Lunatic asylums Bombay report 1878-1890 - 1878-1890
Year: 1878
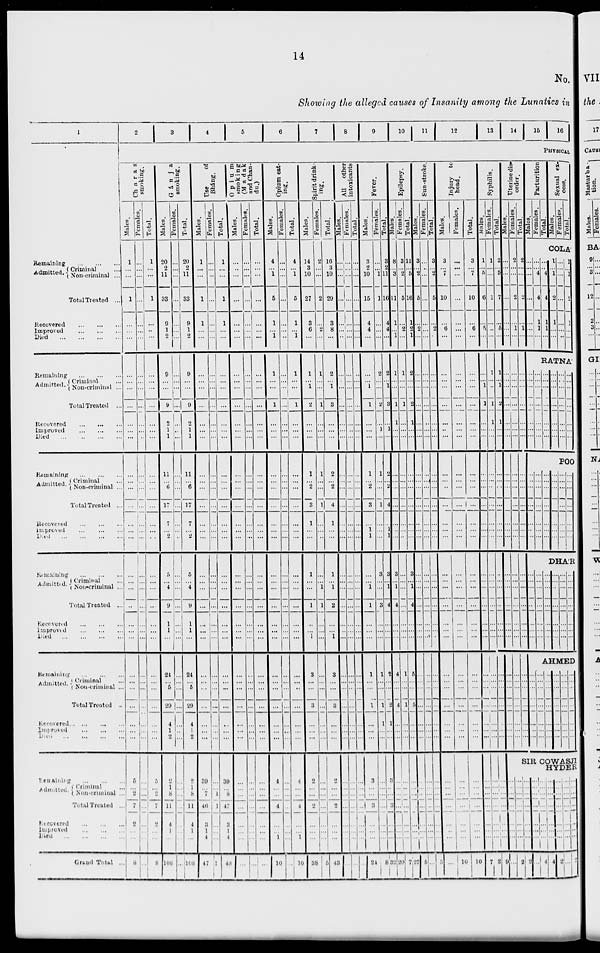
14
No.
Showing the alleged causes of Insanity among the Lunatics in
Remaining
...
...
...
Admitted. Criminal ...
Non-criminal ...
Total Treated ...
Recovered
...
...
...
Improved
...
...
...
Died
...
...
...
...
Remaining
...
...
...
Admitted. Criminal ...
Non-criminal ...
Total Treated ...
Recovered
...
...
...
Improved
...
...
...
Died
...
...
...
...
Remaining ... ... ...
Admitted. Criminal ...
Non-criminal ...
Total Treated ...
Recovered
...
...
...
Improved
...
...
...
Died
...
...
...
...
Remaining
...
...
...
Admitted. Criminal ...
Non-criminal ...
Total Treated ...
Recovered
...
...
...
Improved
...
...
...
Died
...
...
...
Remaining
...
...
...
Admitted. . Criminal ...
Non-criminal ...
Total Treated ...
Recovered ... ... ... ...
Improved
...
...
...
Died
...
...
...
...
Remaining
...
...
...
Admitted. Criminal ...
Non-criminal ...
Total Treated ...
Recovered
...
...
...
Improved
...
...
...
Died
...
...
...
...
Grand Total ...
2
3
4
5
6
7
8
9
10
11
12
.
14
15
16
PHYSICAL
Charas
smoking.
Males.
1
...
...
1
...
...
...
...
...
...
...
...
...
...
...
...
...
...
...
...
...
...
...
...
...
...
...
...
...
...
...
...
...
...
...
5
...
2
7
2
...
...
8
Females.
...
...
...
...
...
...
...
...
...
...
...
...
...
...
...
...
...
...
...
...
...
...
...
...
...
...
...
...
...
...
...
...
...
...
...
...
...
...
...
...
...
...
...
Total.
1
...
...
1
...
...
...
...
...
...
...
...
...
...
...
...
...
...
...
...
...
...
...
...
...
...
...
...
...
...
...
...
...
...
...
5
...
2
7
2
...
...
8
Gánja
smoking.
Males.
20
2
11
33
9
1
2
9
...
...
9
2
1
1
11
...
6
17
7
...
2
5
...
4
9
1
1
...
24
...
5
29
4
1
2
2
1
8
11
4
1
...
108
Females.
...
...
...
...
...
...
...
...
...
...
...
...
...
...
...
...
...
...
...
...
...
...
...
...
...
...
...
...
...
...
...
...
...
...
...
...
...
...
...
...
...
...
...
Total.
20
2
11
33
9
1
2
9
...
...
9
2
1
1
11
...
6
17
7
...
2
5
...
4
9
1
1
...
24
...
5
29
4
1
2
2
1
8
11
4
1
...
108
Use
of
Bháng.
Males.
1
...
...
1
1
...
...
...
...
...
...
...
...
...
...
...
...
...
...
...
...
...
...
...
...
...
...
...
...
...
...
...
...
...
...
39
...
7
46
3
1
4
47
Females.
...
...
..
...
...
...
...
...
...
...
...
...
...
...
...
...
...
...
...
...
...
...
...
...
...
...
...
...
...
...
...
...
...
...
...
...
...
1
1
...
...
...
1
Total.
1
...
...
1
1
...
...
...
...
...
...
...
...
...
...
...
...
...
...
...
...
...
...
...
...
...
...
...
...
...
...
...
...
...
...
39
...
8
47
3
1
4
48
Opium
smoking
(Madak
and Chan-
du.)
Males.
...
...
...
...
...
...
...
...
...
...
...
...
...
...
...
...
...
...
...
...
...
...
...
...
...
...
...
...
...
...
...
...
...
...
...
...
...
...
...
...
...
...
...
Females.
...
...
...
...
...
...
...
...
...
...
...
...
...
...
...
...
...
...
...
...
...
...
...
...
...
...
...
...
...
...
...
...
...
...
...
...
...
...
...
...
...
...
...
Total.
...
...
...
...
...
...
...
...
...
...
...
...
...
...
...
...
...
...
...
...
...
...
...
...
...
...
...
...
...
...
...
...
...
...
...
...
...
...
...
...
...
...
...
Opium eat-
ing.
Males.
4
...
1
5
1
...
1
1
...
...
1
...
...
...
...
...
...
...
...
...
...
...
...
...
...
...
...
...
...
...
...
...
...
...
...
4
...
...
4
...
...
1
10
Females.
...
...
...
...
...
...
...
...
...
...
...
...
...
...
...
...
...
...
...
...
...
...
...
...
...
...
...
...
...
...
...
...
...
...
...
...
...
...
...
...
...
...
...
Total.
4
...
1
5
1
...
1
1
...
...
1
...
...
...
...
...
...
...
...
...
...
...
...
...
...
...
...
...
...
...
...
...
...
...
...
4
...
...
4
...
...
1
10
Spirit drink-
ing.
Males.
14
3
10
27
3
6
...
1
...
1
2
...
...
...
1
...
2
3
1
...
...
1
...
...
1
...
...
1
3
...
...
3
...
...
...
2
...
...
2
...
...
...
38
Females.
2
...
...
2
...
2
...
1
...
...
1
...
...
...
1
...
...
1
...
...
...
...
...
1
1
...
...
...
...
...
...
...
...
...
...
...
...
...
...
...
...
...
5
Total.
16
3
10
29
3
8
...
2
...
1
3
...
...
...
2
...
2
4
1
...
...
1
...
1
2
...
...
1
3
...
...
3
...
...
...
2
...
...
2
...
...
...
43
All
other
intoxicants
Males.
...
...
...
...
...
...
...
...
...
...
...
...
...
...
...
...
...
...
...
...
...
...
...
...
...
...
...
...
...
...
...
...
...
...
...
...
...
...
...
...
...
...
...
Females.
...
...
...
...
...
...
...
...
...
...
...
...
...
...
...
...
...
...
...
...
...
...
...
...
...
...
...
...
...
...
...
...
...
...
...
...
...
...
...
...
...
...
...
Total.
...
...
...
...
...
...
...
...
...
...
...
...
...
...
...
...
...
...
...
...
...
...
...
...
...
...
...
...
...
...
...
...
...
...
...
...
...
...
...
...
...
...
...
Fever.
Males.
3
2
10
15
4
4
...
...
...
1
1
...
...
...
1
...
2
3
...
1
1
...
...
1
1
...
...
...
1
...
...
1
...
...
...
3
...
...
3
...
...
...
24
Females.
...
...
1
1
...
...
...
2
...
...
2
...
1
...
1
...
...
1
...
...
...
3
...
...
3
...
...
...
1
...
...
1
1
...
...
...
...
...
...
...
...
...
8
Total.
3
2
11
16
4
4
...
2
...
1
3
...
1
...
2
...
2
4
...
1
1
3
...
1
4
...
...
...
2
...
...
2
1
...
...
3
...
...
3
...
...
...
32
Epilepsy.
Males.
8
...
3
11
1
...
1
1
...
...
1
1
...
...
...
...
...
...
...
...
...
3
...
1
4
...
...
...
4
...
...
4
...
...
...
...
...
...
...
...
...
...
20
Females.
3
...
2
5
...
2
...
1
...
...
1
...
...
...
...
...
...
...
...
...
...
...
...
...
...
...
...
...
1
...
...
1
...
...
...
...
...
...
...
...
...
...
7
Total.
11
...
5
16
1
2
1
2
...
...
2
1
...
...
...
...
...
...
...
...
...
3
...
1
4
...
...
...
5
...
...
5
...
...
...
...
...
...
...
...
...
...
27
Sun-stroke.
Males.
3
...
2
5
...
2
...
...
...
...
...
...
...
...
...
...
...
...
...
...
...
...
...
...
...
...
...
...
...
...
...
...
...
...
...
...
...
...
...
...
...
...
5
Females.
...
...
...
...
...
...
...
...
...
...
...
...
...
...
...
...
...
...
...
...
...
...
...
...
...
...
...
...
...
...
...
...
...
...
...
...
...
...
...
...
...
...
...
Total.
3
...
2
5
...
2
...
...
...
...
...
...
...
...
...
...
...
...
...
...
...
...
...
...
...
...
...
...
...
...
...
...
...
...
...
...
...
...
...
...
...
...
5
Injury to
head.
Males.
3
...
7
10
...
6
...
...
...
...
...
...
...
...
...
...
...
...
...
...
...
...
...
...
...
...
...
...
...
...
...
...
...
...
...
...
...
...
...
...
...
...
...
Females.
...
...
...
...
...
...
...
...
...
...
...
...
...
...
...
...
...
...
...
...
...
...
...
...
...
...
...
...
...
...
...
...
...
...
...
...
...
...
...
...
...
...
10
Total.
3
...
7
10
...
6
...
...
...
...
...
...
...
...
...
...
...
...
...
...
...
...
...
...
...
...
...
...
...
...
...
...
...
...
...
...
...
...
...
...
...
...
10
Syphilis.
Males.
1
...
5
6
...
5
...
...
...
1
1
...
...
...
...
...
...
...
...
...
...
...
...
...
...
...
...
...
...
...
...
...
...
...
...
...
...
...
...
...
...
...
7
Females.
1
...
...
1
...
...
...
1
...
...
1
1
...
...
...
...
...
...
...
...
...
...
...
...
...
...
...
...
...
...
...
...
...
...
...
...
...
...
...
...
...
...
2
Total.
2
...
5
7
...
5
...
1
...
1
2
1
...
...
...
...
...
...
...
...
...
...
...
...
...
...
...
...
...
...
...
...
...
...
...
...
...
...
...
...
...
...
9
Uterine dis-
order.
Males.
...
...
...
...
...
...
...
...
...
...
...
...
...
...
...
...
...
...
...
...
...
...
...
...
...
...
...
...
...
...
...
...
...
...
...
Females.
2
...
...
2
...
1
...
...
...
...
...
...
...
...
...
...
...
...
...
...
...
...
...
...
...
...
...
...
...
...
...
...
...
...
...
Total.
2
...
...
2
...
1
...
...
...
...
...
...
...
...
...
...
...
...
...
...
...
...
....
...
...
...
...
...
...
...
...
...
...
...
...
Parturition
Males.
Females.
Total.
Sexual ex-
cess.
Males.
Females.
Total.
COLÁ
...
...
...
...
...
...
...
...
...
4
4
1
1
...
...
...
4
4
1
1
...
1
...
1
2
1
...
...
...
...
...
...
...
...
...
1
...
1
2
1
...
...
RATNÁ
...
...
...
...
...
...
...
...
...
...
...
...
...
...
...
...
...
...
...
...
...
...
...
...
...
...
...
...
...
...
...
...
...
...
...
...
...
...
...
...
...
...
POO
...
...
...
...
...
...
...
...
...
...
...
...
...
...
...
...
...
...
...
...
...
...
...
...
...
...
...
...
...
...
...
...
...
...
...
...
...
...
...
...
...
...
DHÁR
...
...
...
...
...
...
...
...
...
...
...
...
...
...
...
...
...
...
...
...
...
...
...
...
...
...
...
...
...
...
...
...
...
...
...
...
...
...
...
...
...
...
AHMED
...
...
...
...
...
...
...
...
...
...
...
...
...
...
...
...
...
...
...
...
...
...
...
...
...
...
...
...
...
...
...
...
...
...
...
...
...
...
...
...
...
...
SIR COWASJI
HYDER
...
...
...
...
...
...
...
...
...
...
...
...
...
...
...
2
...
...
...
...
...
...
...
2
...
...
...
...
...
...
...
...
...
...
...
...
...
...
...
4
...
...
...
...
...
...
...
4
...
...
...
...
...
...
...
2
...
...
...
...
...
...
...
...
...
...
...
...
...
...
...
2